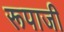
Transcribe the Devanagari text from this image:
रूपाजी